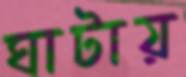
ঘাটায়